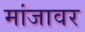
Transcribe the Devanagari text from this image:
मांजावर